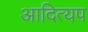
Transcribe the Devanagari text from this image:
आदित्यप